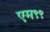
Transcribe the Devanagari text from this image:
एम९९